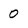
Character: O